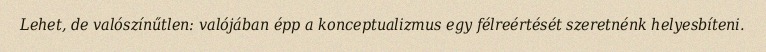
Lehet, de valószínűtlen: valójában épp a konceptualizmus egy félreértését szeretnénk helyesbíteni.